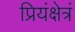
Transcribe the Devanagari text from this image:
प्रियंक्षेत्रं